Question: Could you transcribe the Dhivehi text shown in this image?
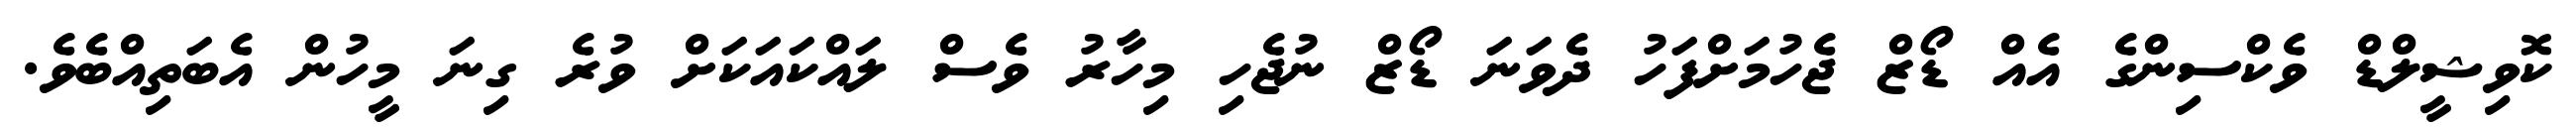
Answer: ކޮވިޝީލްޑް ވެކްސިންގެ އެއް ޑޯޒް ޖެހުމަށްފަހު ދެވަނަ ޑޯޒް ނުޖެހި މިހާރު ވެސް ލައްކައަކަށް ވުރެ ގިނަ މީހުން އެބަތިއްބެވެ.